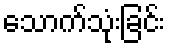
သောက်သုံးခြင်း